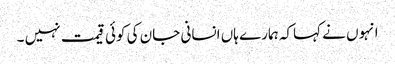
انہوں نے کہاکہ ہمارے ہاں انسانی جان کی کوئی قیمت نہیں ۔